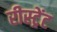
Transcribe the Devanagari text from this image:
रीस्ट्रेंट